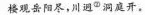
楼观岳阳尽，川迥^{②}洞庭开。